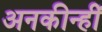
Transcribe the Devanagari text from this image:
अनकीन्‍हीं